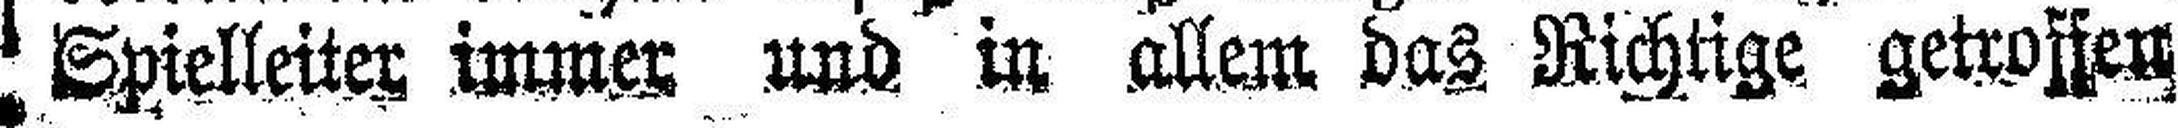
Spielleiter immer und in allem das Richtige getroffen